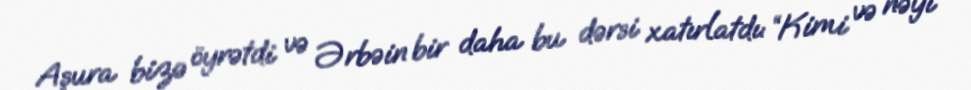
Aşura bizə öyrətdi və Ərbəin bir daha bu dərsi xatırlatdı: “Kimi və nəyi